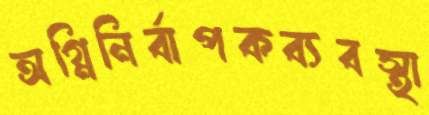
অগ্নিনির্বাপকব্যবস্থা